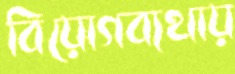
বিয়োগব্যথায়